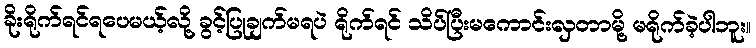
ခိုးရိုက်ရင်ရပေမယ့်လို့ ခွင့်ပြုချက်မရပဲ ရိုက်ရင် သိပ်ပြီးမကောင်းလှတာမို့ မရိုက်ခဲ့ပါဘူး။